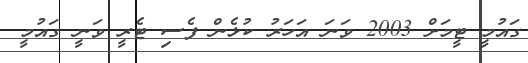
ގައުމީ ޓީމަށް 2003 ވަނަ އަހަރު ކުޅެން ފެސި ޓެރީ ވަނީ ގައުމީ